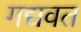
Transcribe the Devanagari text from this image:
गद्यवत